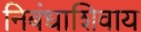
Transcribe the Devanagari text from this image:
निबंधाशिवाय